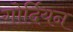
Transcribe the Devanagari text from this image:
गोर्दियन